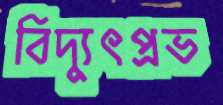
বিদ্যুৎপ্রভ